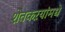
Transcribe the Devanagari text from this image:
शेतकऱयांमधे